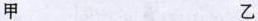
甲 乙